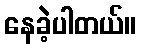
နေခဲ့ပါတယ်။